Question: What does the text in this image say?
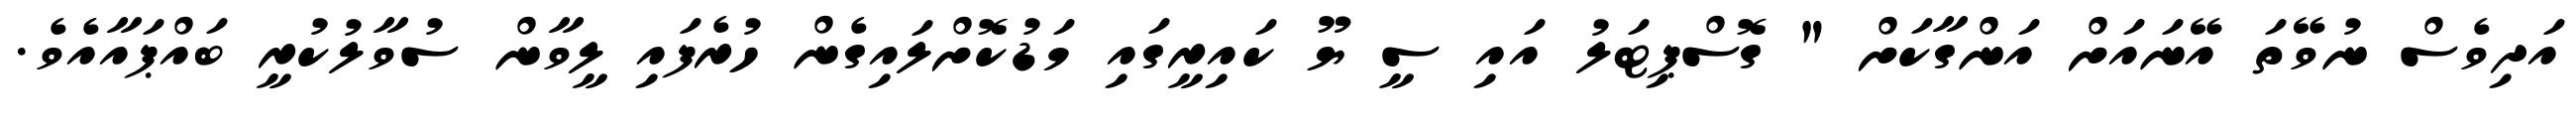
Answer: އަދިވެސް ނުވޭތަ އޭނައަށް އަންގާކަށް " ގޮސްޕިޓަލު އައި ސީ ޔޫ ކައިރީގައި މަޑުކޮށްލައިގެން ހުރެފައި ލީވާން ސުވާލުކުރީ ބައްޕައާއެވެ.